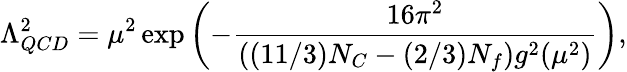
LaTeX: \Lambda_{QCD}^{2}=\mu^{2}\exp\left(-\frac{16\pi^{2}}{((11/3)N_{C}-(2/3)N_{f})g^{2}(\mu^{2})}\right),